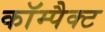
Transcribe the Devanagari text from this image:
काॅम्पैक्ट